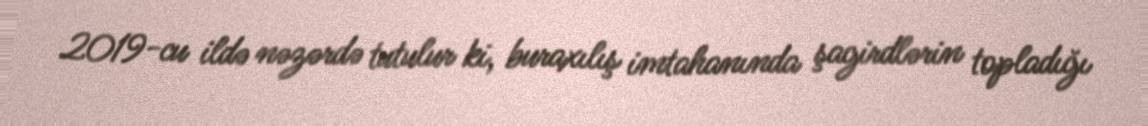
2019-cu ildə nəzərdə tutulur ki, buraxılış imtahanında şagirdlərin topladığı